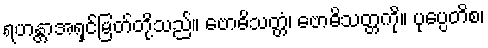
ရဟန္တာအရှင်မြတ်တို့သည်။ ဗောဓိသတ္တံ၊ ဗောဓိသတ္တကို။ ပုပ္ပေတိစ၊